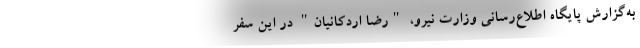
به‌گزارش پایگاه اطلاع‌رسانی وزارت نیرو، "رضا اردکانیان" در این سفر